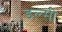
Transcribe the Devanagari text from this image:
डल्सी